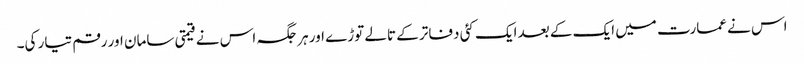
اس نے عمارت میں ایک کے بعد ایک کئی دفاتر کے تالے توڑے اور ہرجگہ اس نے قیمتی سامان اور رقم تیار کی۔